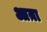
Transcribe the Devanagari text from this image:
आय़ा